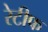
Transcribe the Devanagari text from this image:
रेटीफ